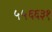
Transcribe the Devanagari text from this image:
५५६६३१